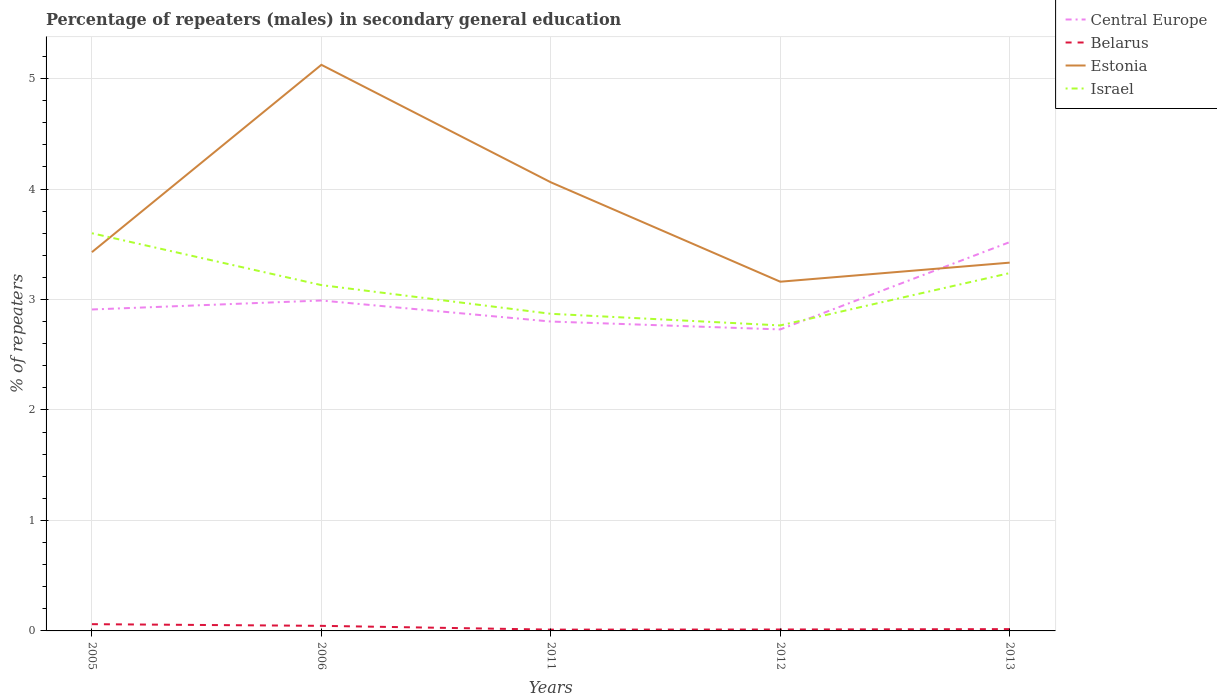
| Years | Central Europe | Belarus | Estonia | Israel |
 | --- | --- | --- | --- | --- |
 | 2005 | 2.91 | 0.0611 | 3.43 | 3.6 |
 | 2006 | 2.99 | 0.046 | 5.12 | 3.13 |
 | 2011 | 2.8 | 0.0118 | 4.06 | 2.87 |
 | 2012 | 2.73 | 0.0129 | 3.16 | 2.77 |
 | 2013 | 3.52 | 0.0163 | 3.33 | 3.24 |